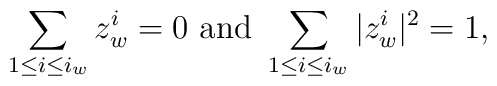
\sum_{1\leq i\leq i_w} z^i_w = 0 \mbox{ and }\sum_{1\leq i\leq i_w} |z^i_w|^2 = 1,